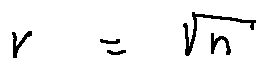
r = \sqrt { n }